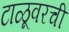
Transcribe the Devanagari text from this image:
टाळूवरची